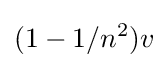
(1-1/n^{2})v